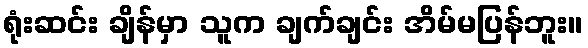
ရုံးဆင်း ချိန်မှာ သူက ချက်ချင်း အိမ်မပြန်ဘူး။